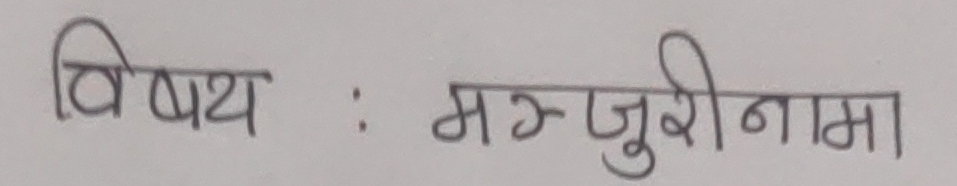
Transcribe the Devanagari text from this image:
विषय : मञ्जुरीनामा